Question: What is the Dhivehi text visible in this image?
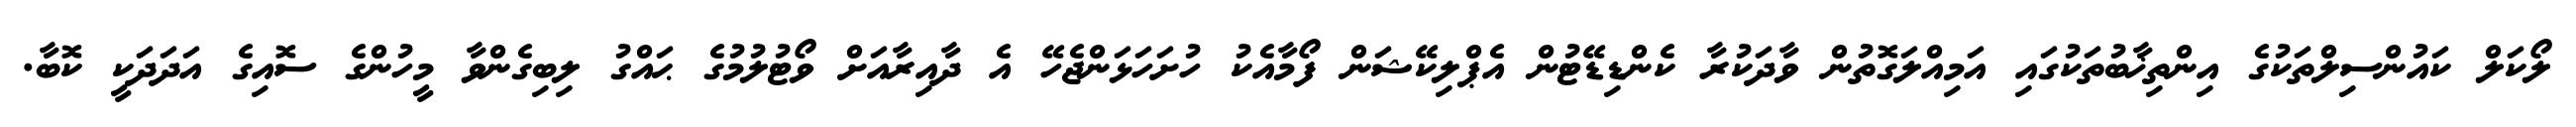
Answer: ލޯކަލް ކައުންސިލްތަކުގެ އިންތިޚާބުތަކުގައި އަމިއްލަގޮތުން ވާދަކުރާ ކެންޑިޑޭޓުން އެޕްލިކޭޝަން ފޯމާއެކު ހުށަހަޅަންޖެހޭ އެ ދާއިރާއަށް ވޯޓުލުމުގެ ޙައްގު ލިބިގެންވާ މީހުންގެ ސޮއިގެ އަދަދަކީ ކޮބާ.